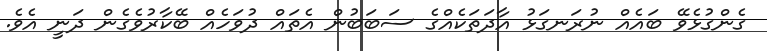
ގެންގުޅެވޭ ބައެއް ނުރަނގަޅު އާދަތަކެއްގެ ސަބަބުން އެތައް ދުވަހެއް ބޭކާރުވެގެން ދަނީ އެވެ.